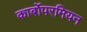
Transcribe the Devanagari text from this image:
कार्बोपरमियन